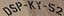
DSP-KY-52